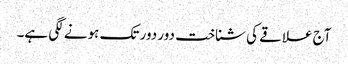
آج علاقے کی شناخت دور دور تک ہونے لگی ہے۔